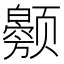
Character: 𬱲